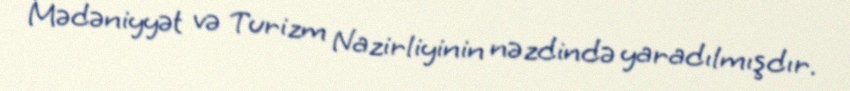
Mədəniyyət və Turizm Nazirliyinin nəzdində yaradılmışdır.